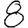
Digit: 8